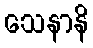
သေနာနိ